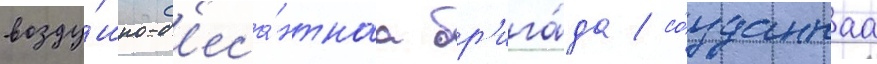
возду́шно-д'еса́нтнаа бр'ига́да / со́зданнаа